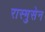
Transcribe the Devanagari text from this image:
रास्मुसेन